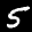
Label: 5